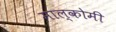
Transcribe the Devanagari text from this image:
माल्कोमी